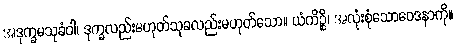
အဒုက္ခမသုခံဝါ၊ ဒုက္ခလည်းမဟုတ်သုခလည်းမဟုတ်သော။ ယံကိဉ္စိ၊ အလုံးစုံသောဝေဒနာကို။